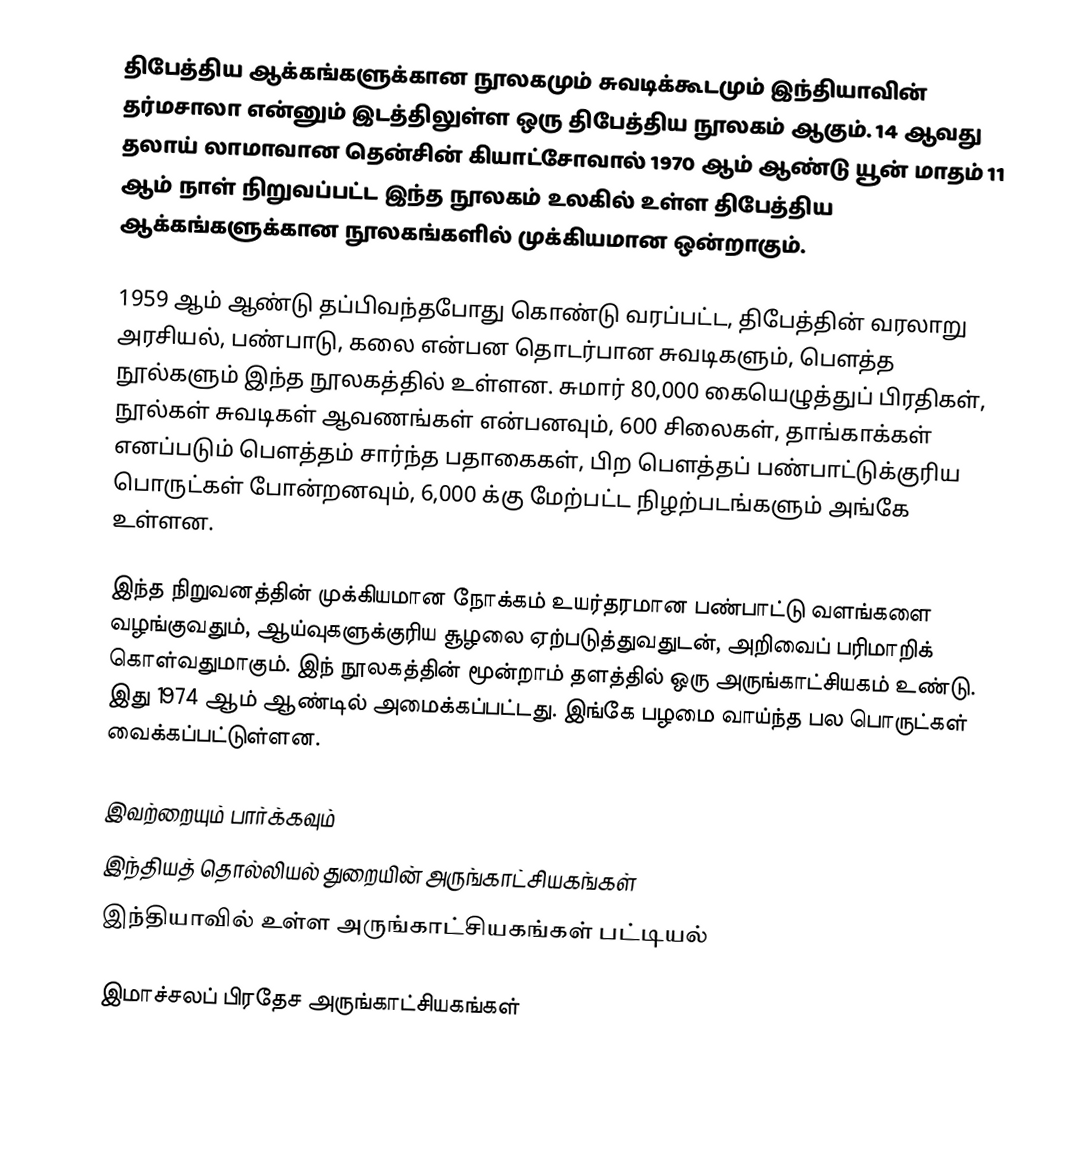
திபேத்திய ஆக்கங்களுக்கான நூலகமும் சுவடிக்கூடமும் இந்தியாவின் தர்மசாலா என்னும் இடத்திலுள்ள ஒரு திபேத்திய நூலகம் ஆகும். 14 ஆவது தலாய் லாமாவான தென்சின் கியாட்சோவால் 1970 ஆம் ஆண்டு யூன் மாதம் 11 ஆம் நாள் நிறுவப்பட்ட இந்த நூலகம் உலகில் உள்ள திபேத்திய ஆக்கங்களுக்கான நூலகங்களில் முக்கியமான ஒன்றாகும்.

1959 ஆம் ஆண்டு தப்பிவந்தபோது கொண்டு வரப்பட்ட, திபேத்தின் வரலாறு அரசியல், பண்பாடு, கலை என்பன தொடர்பான சுவடிகளும், பௌத்த நூல்களும் இந்த நூலகத்தில் உள்ளன. சுமார் 80,000 கையெழுத்துப் பிரதிகள், நூல்கள் சுவடிகள் ஆவணங்கள் என்பனவும், 600 சிலைகள், தாங்காக்கள் எனப்படும் பௌத்தம் சார்ந்த பதாகைகள், பிற பௌத்தப் பண்பாட்டுக்குரிய பொருட்கள் போன்றனவும், 6,000 க்கு மேற்பட்ட நிழற்படங்களும் அங்கே உள்ளன.

இந்த நிறுவனத்தின் முக்கியமான நோக்கம் உயர்தரமான பண்பாட்டு வளங்களை வழங்குவதும், ஆய்வுகளுக்குரிய சூழலை ஏற்படுத்துவதுடன், அறிவைப் பரிமாறிக் கொள்வதுமாகும். இந் நூலகத்தின் மூன்றாம் தளத்தில் ஒரு அருங்காட்சியகம் உண்டு. இது 1974 ஆம் ஆண்டில் அமைக்கப்பட்டது. இங்கே பழமை வாய்ந்த பல பொருட்கள் வைக்கப்பட்டுள்ளன.

இவற்றையும் பார்க்கவும்
 இந்தியத் தொல்லியல் துறையின் அருங்காட்சியகங்கள்
 இந்தியாவில் உள்ள அருங்காட்சியகங்கள் பட்டியல்

இமாச்சலப் பிரதேச அருங்காட்சியகங்கள்